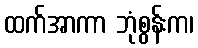
ထက်အာကာ ဘုံစွန်းက၊